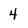
Character: 4